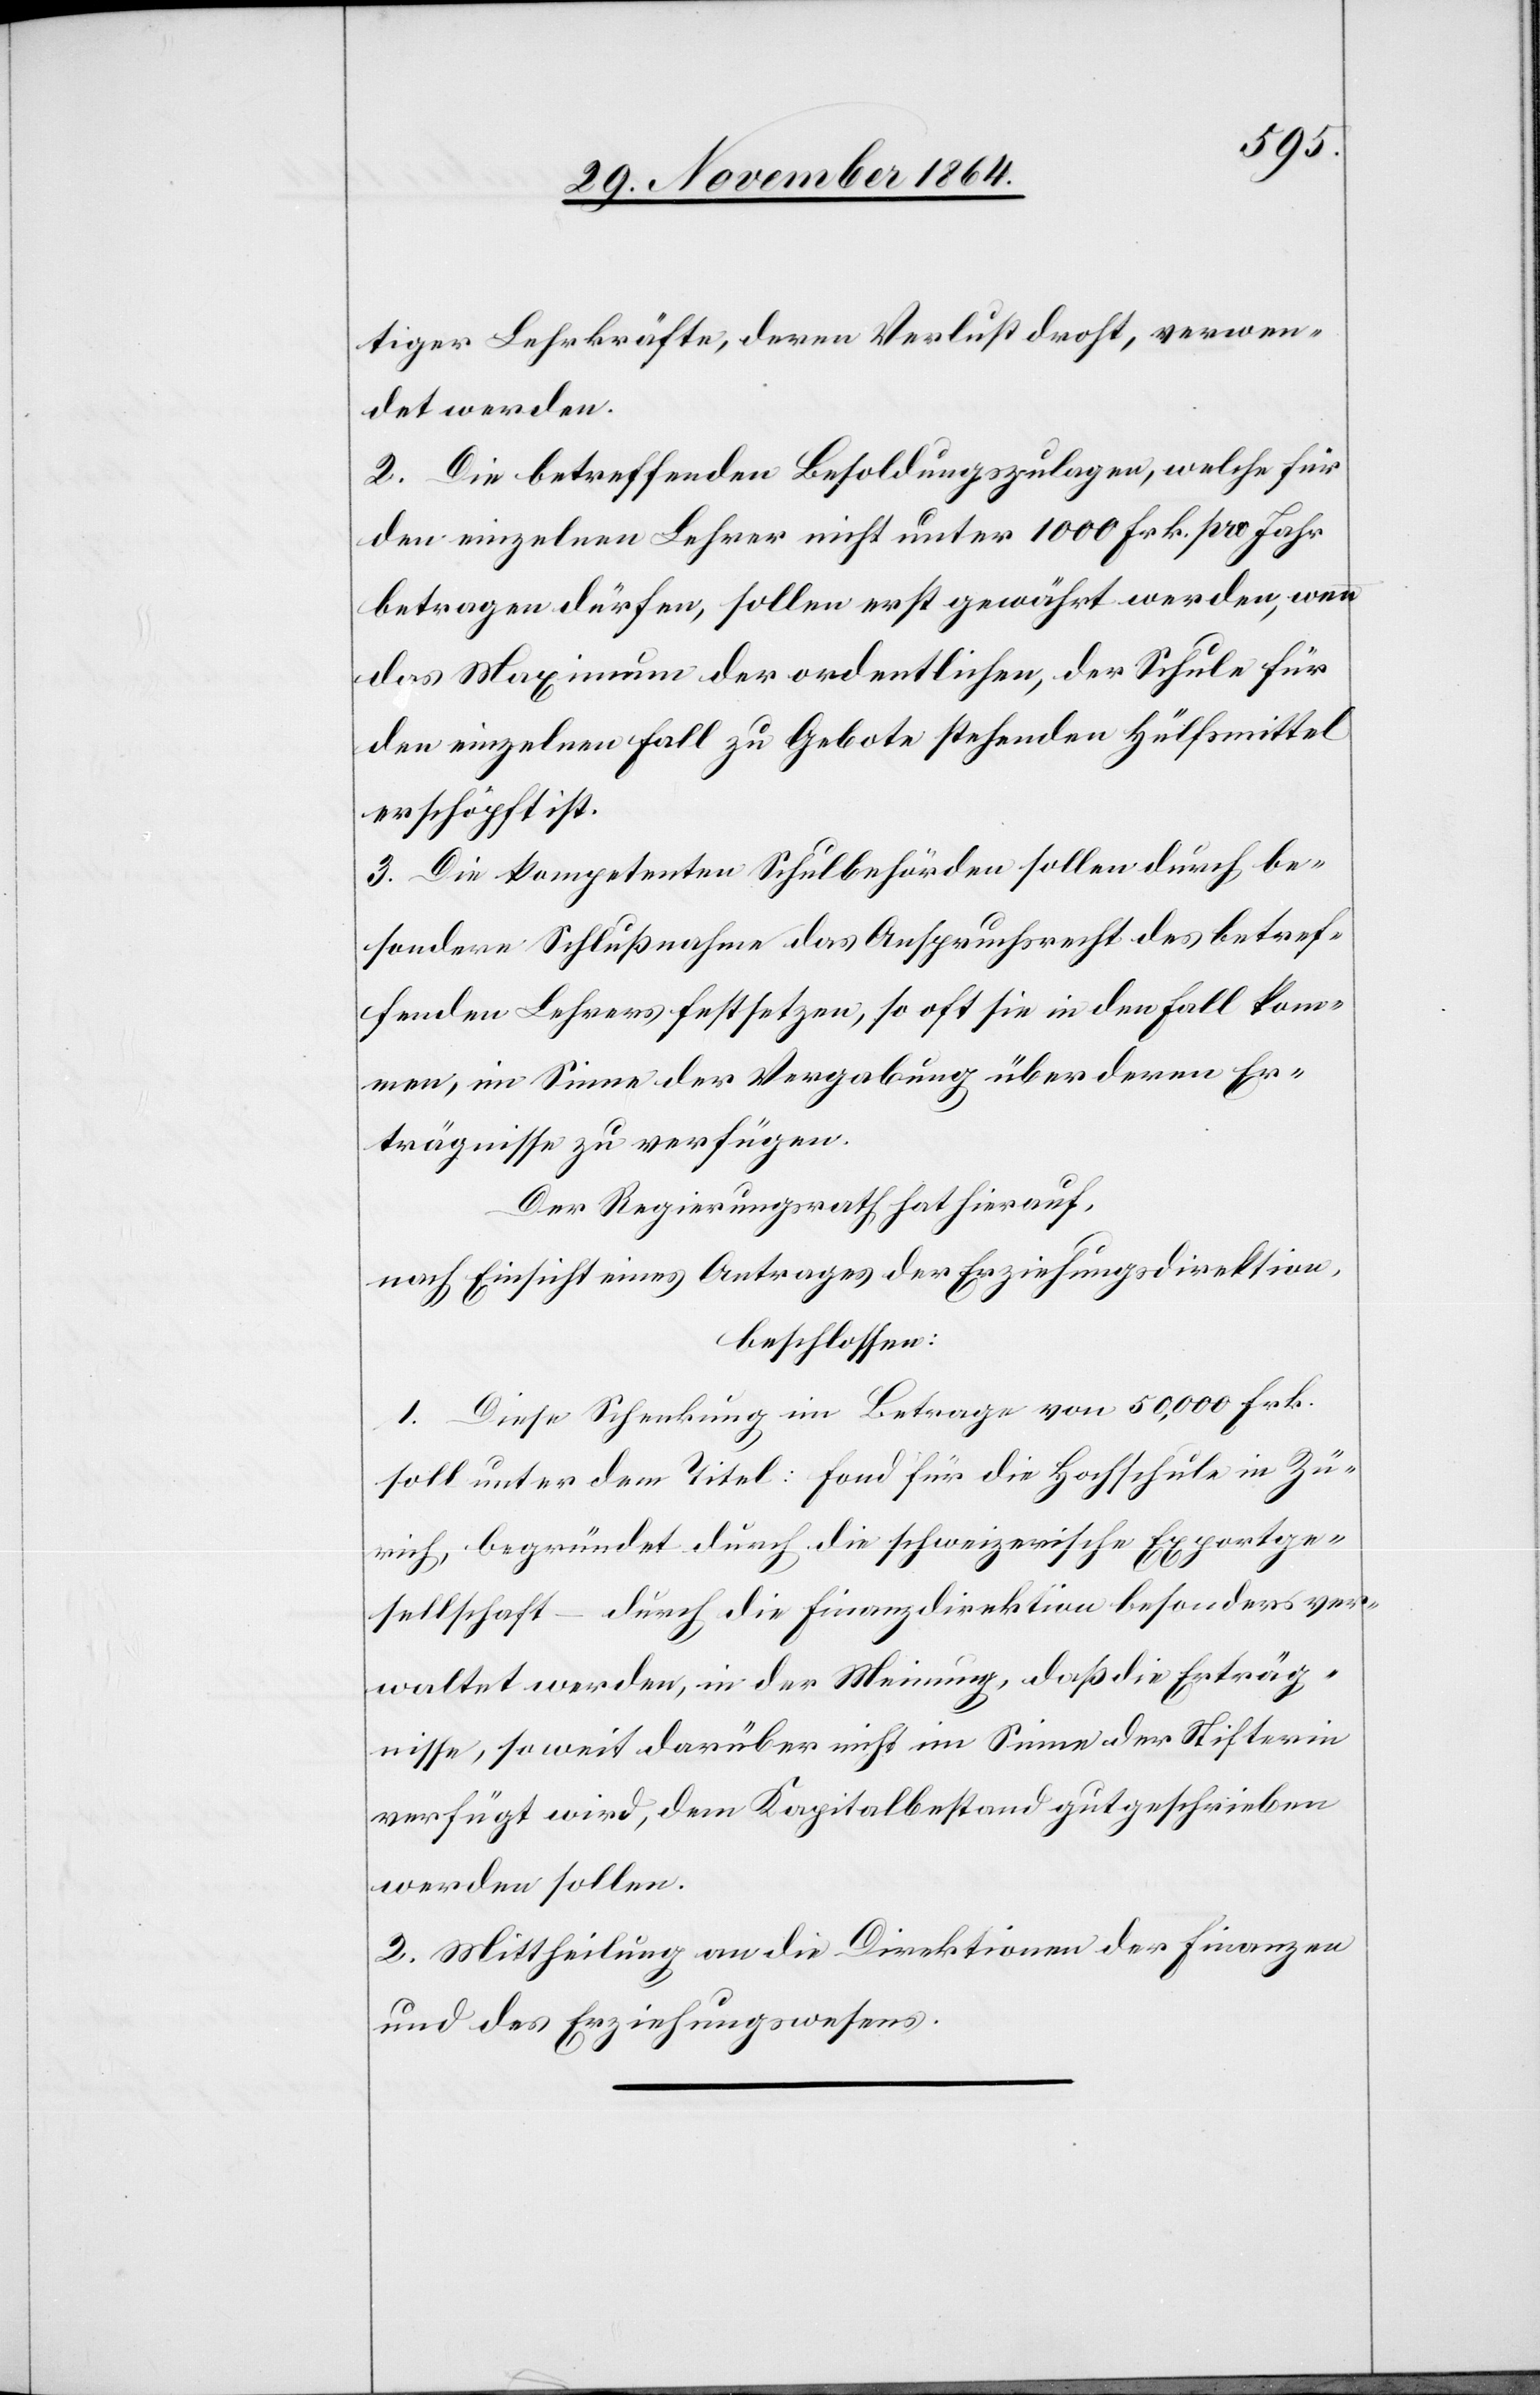
tiger Lehrkräfte, deren Verlust droht, verwen¬
det werden.
2. Die betreffenden Besoldungszulagen, welche für
den einzelnen Lehrer nicht unter 1000 Frk. pro Jahr
betragen dürfen, sollen erst gewährt werden, wenn
das Maximum der ordentlichen, der Schule für
den einzelnen Fall zu Gebote stehenden Hülfsmittel
erschöpft ist.
3. Die kompetenten Schulbehörden sollen durch be¬
sondere Schlußnahme das Anspruchsrecht des betref¬
fenden Lehrers festsetzen, so oft sie in den Fall kom¬
men, im Sinne der Vergabung über deren Er¬
trägnisse zu verfügen.
Der Regierungsrath hat hierauf,
nach Einsicht eines Antrages der Erziehungsdirektion,
beschlossen:
1. Diese Schenkung im Betrage von 50,000 Frk.
soll unter dem Titel: Fond für die Hochschule in Zü¬
rich, begründet durch die schweizerische Exportge¬
sellschaft – durch die Finanzdirektion besonders ver¬
waltet werden, in der Meinung, daß die Erträg¬
nisse, so weit darüber nicht im Sinne der Stifterin
verfügt wird, dem Kapitalbestand gutgeschrieben
werden sollen.
2. Mittheilung an die Direktionen der Finanzen
und des Erziehungswesens.